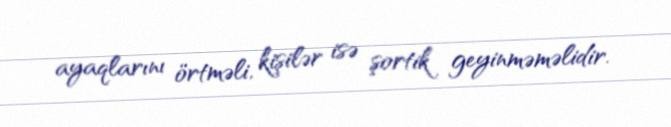
ayaqlarını örtməli, kişilər isə şortik geyinməməlidir.